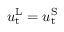
u _ { \mathrm { t } } ^ { \mathrm { L } } = u _ { \mathrm { t } } ^ { \mathrm { S } }